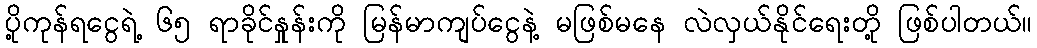
ပို့ကုန်ရငွေရဲ့ ၆၅ ရာခိုင်နှုန်းကို မြန်မာကျပ်ငွေနဲ့ မဖြစ်မနေ လဲလှယ်နိုင်ရေးတို့ ဖြစ်ပါတယ်။